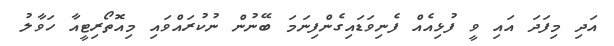
އަދި މިފަދަ އައި ވީ ފުޅިއެއް ފެނިވަޑައިގެންފިނަމަ ބޭނުން ނުކުރައްވައި މިއޮތޯރިޓީއާ ހަވާލު